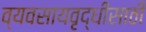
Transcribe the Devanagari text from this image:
व्यवसायवृद्धीसाठी